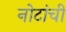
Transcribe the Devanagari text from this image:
नोटांची